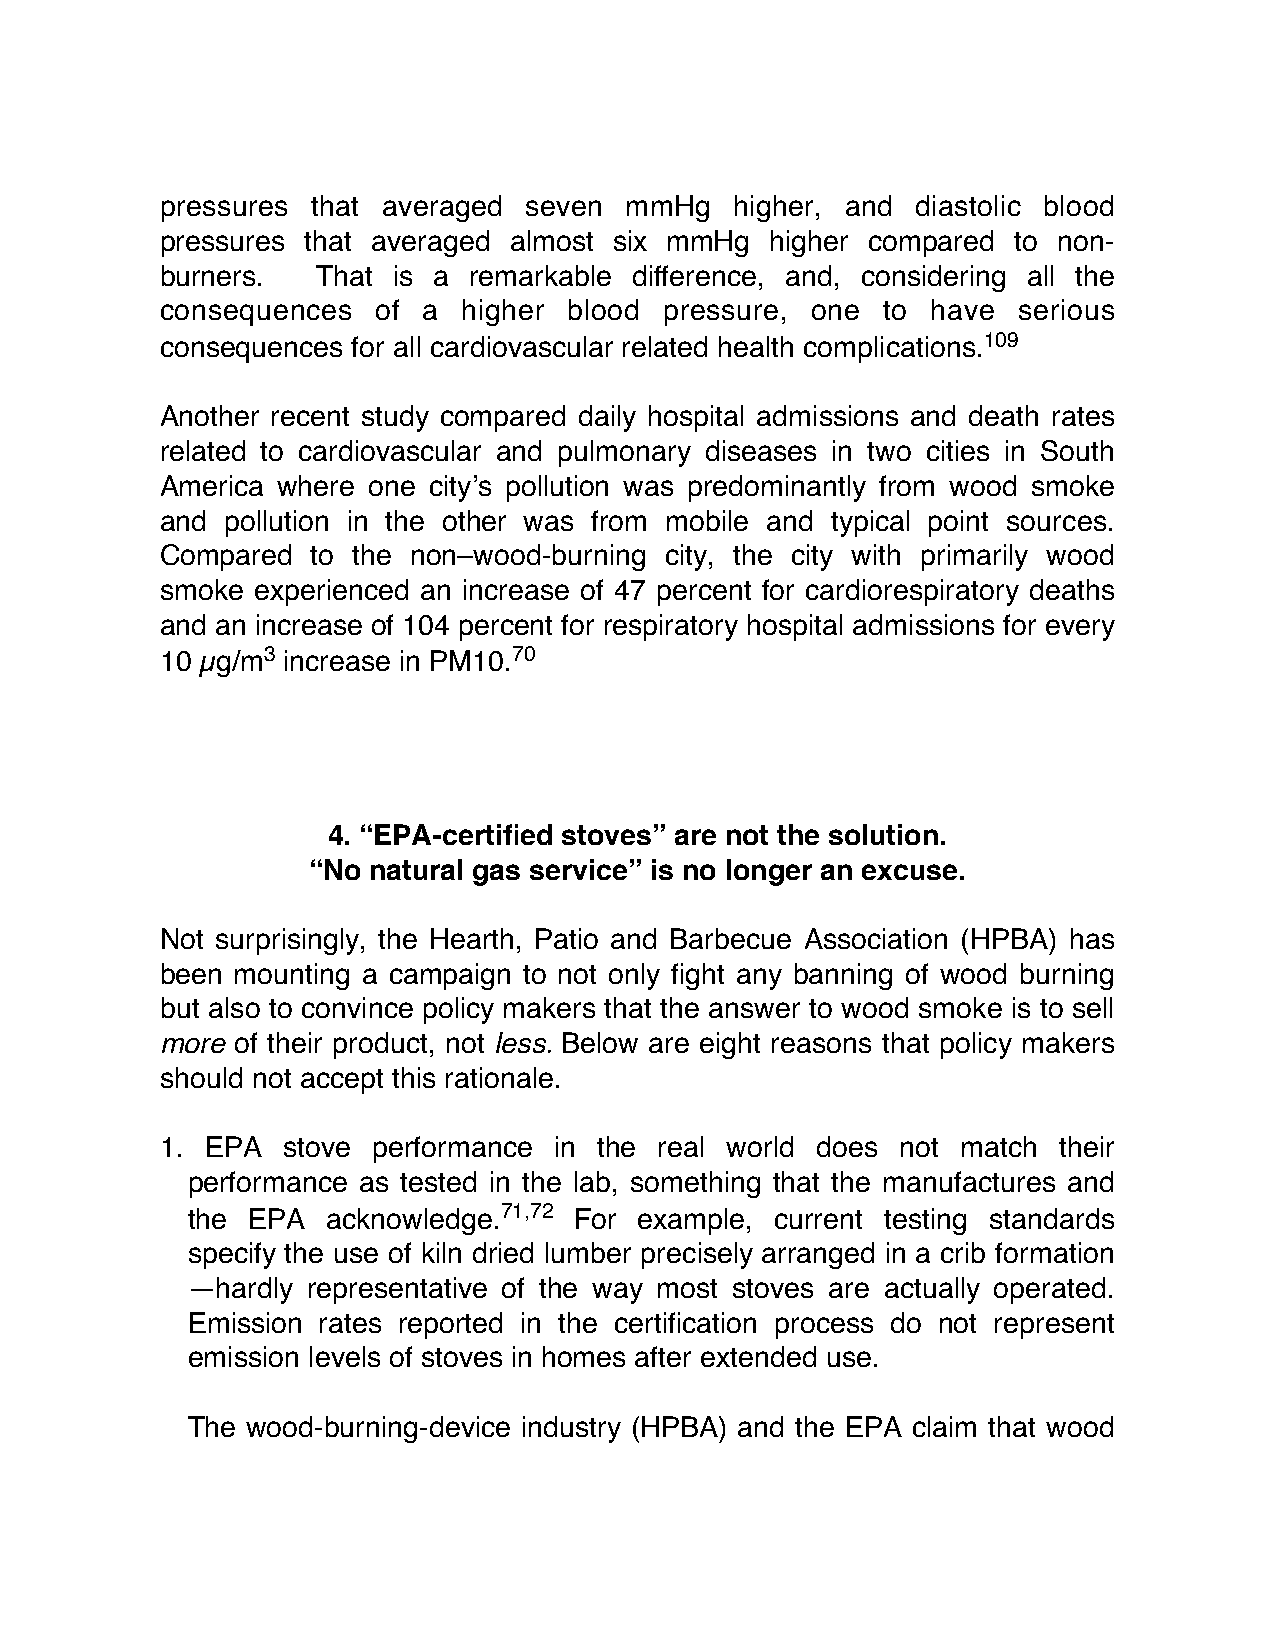
pressures that averaged seven mmHg    higher, and diastolic blood
 pressures that averaged almost six mmHg higher compared to non-
 burners.  That is a remarkable difference, and, considering all the
 consequences  of a  higher blood pressure, one  to have serious
 consequences for all cardiovascular related health complications.109
 Another recent study compared daily hospital admissions and death rates
 related to cardiovascular and pulmonary diseases in two cities in South
 America where one city’s pollution was predominantly from wood smoke
 and pollution in the other was from mobile and typical point sources.
 Compared  to the non–wood-burning city, the city with primarily wood
 smoke experienced an increase of 47 percent for cardiorespiratory deaths
 and an increase of 104 percent for respiratory hospital admissions for every
 10 µg/m3 increase in PM10.70
 4. “EPA-certified stoves” are not the solution.
 “No natural gas service” is no longer an excuse.
 Not surprisingly, the Hearth, Patio and Barbecue Association (HPBA) has
 been mounting a campaign to not only fight any banning of wood burning
 but also to convince policy makers that the answer to wood smoke is to sell
 more of their product, not less. Below are eight reasons that policy makers
 should not accept this rationale.
 1. EPA  stove performance in the real world does not match their
 performance as tested in the lab, something that the manufactures and
 the EPA   acknowledge.71,72 For example, current testing standards
 specify the use of kiln dried lumber precisely arranged in a crib formation
 —hardly representative of the way most stoves are actually operated.
 Emission rates reported in the certification process do not represent
 emission levels of stoves in homes after extended use.
 The wood-burning-device industry (HPBA) and the EPA claim that wood